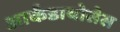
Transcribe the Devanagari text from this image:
आर्कडायोसेस